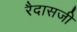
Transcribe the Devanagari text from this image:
रैदासजी